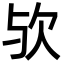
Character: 欤